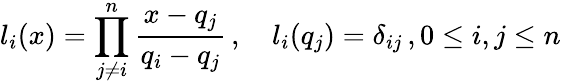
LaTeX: l_{i}(x)=\prod_{j\neq i}^{n}\frac{x-q_{j}}{q_{i}-q_{j}}\, ,\quad l_{i}(q_{j})=\delta_{ij}\, ,0\leq i,j\leq n